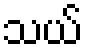
သယ်